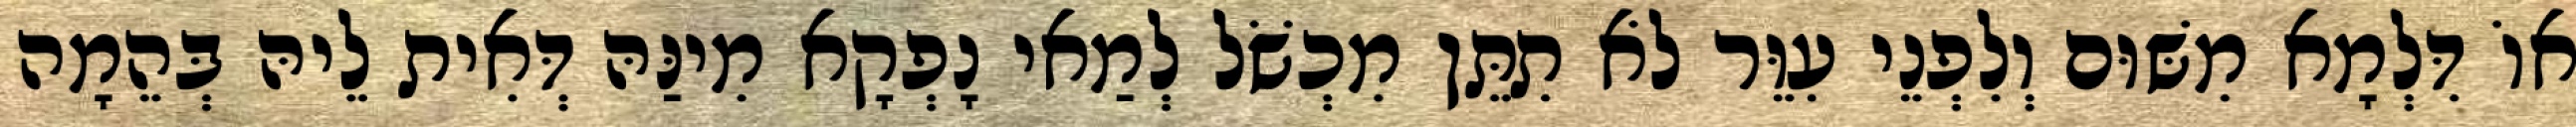
אוֹ דִּלְמָא מִשּׁוּם וְלִפְנֵי עִוֵּר לֹא תִתֵּן מִכְשֹׁל לְמַאי נָפְקָא מִינַּהּ דְּאִית לֵיהּ בְּהֵמָה